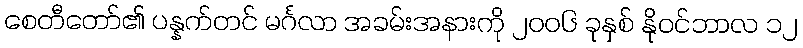
စေတီတော်၏ ပန္နက်တင် မင်္ဂလာ အခမ်းအနားကို ၂၀၀၆ ခုနှစ် နိုဝင်ဘာလ ၁၂